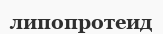
липопротеид